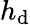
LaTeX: h_{\mathrm{d}}